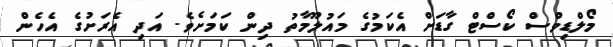
މޯލްޑިވްސް ކޯސްޓް ގާޑަށް އެކަމުގެ މައުލޫމާތު ދިން ކަމަށެވެ. އަދި އެރަށުގެ އެހެން